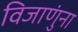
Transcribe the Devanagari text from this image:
विजाणुंना